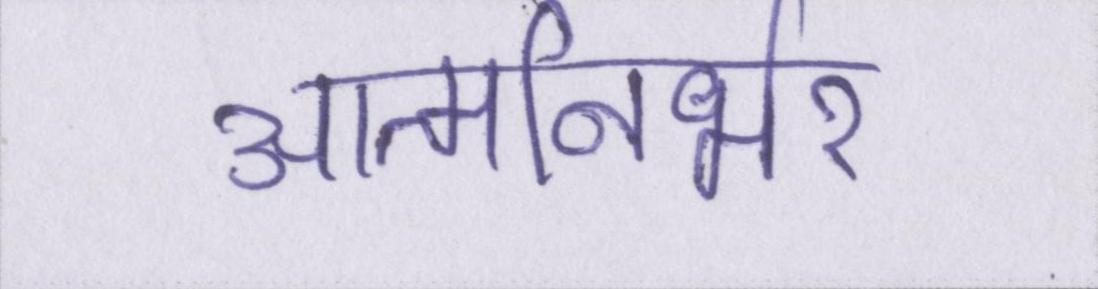
आत्मनिर्भर